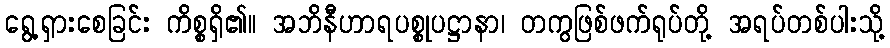
ရွေ့ရှားစေခြင်း ကိစ္စရှိ၏။ အဘိနီဟာရပစ္စုပဋ္ဌာနာ၊ တကွဖြစ်ဖက်ရုပ်တို့ အရပ်တစ်ပါးသို့